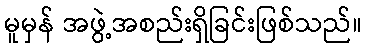
မူမှန် အဖွဲ့အစည်းရှိခြင်းဖြစ်သည်။